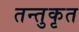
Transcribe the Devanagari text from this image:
तन्तुकृत